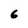
Character: 6